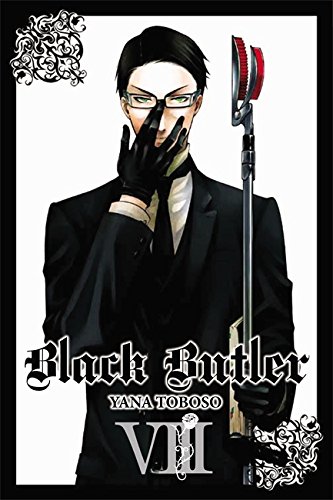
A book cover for Black Butler, Vol. 8; Comics & Graphic Novels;